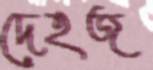
দেহজ